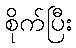
စိုက်ပြီး